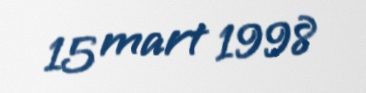
15 mart 1998